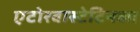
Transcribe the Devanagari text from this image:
एटोरवास्टेटिनका